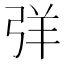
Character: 𢏙